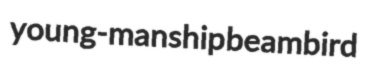
young-manship beambird